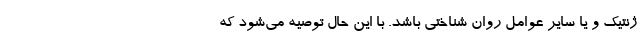
ژنتیک و یا سایر عوامل روان شناختی باشد. با این حال توصیه می‌شود که